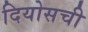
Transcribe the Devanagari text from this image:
दियोसची